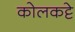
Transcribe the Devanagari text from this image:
कोलकट्टे